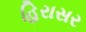
હિરાસર